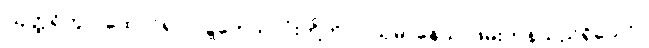
ဩတ္ထရိတွာ၊ ထောင်၍။ ဝဋ္ဋကေသု၊ ငုံးတို့ကို။ ဂယှမာနေသု၊ ဖမ်းကုန်သည်ရှိသော်။